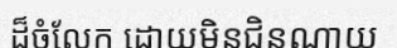
ដ៏ចំលែក ដោយមិនជិនណាយ